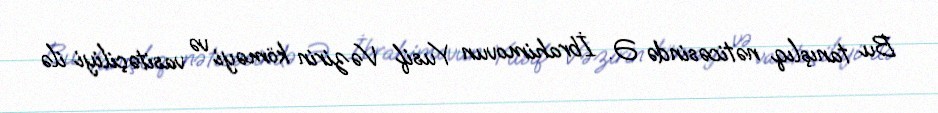
Bu tanışlıq nəticəsində Ə. İbrahimovun Yusif Vəzirin köməyi və vasitəçiliyi ilə